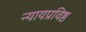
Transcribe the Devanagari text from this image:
न्यायप्रविष्ठ